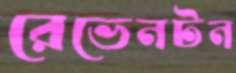
রেভেনটন